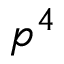
p ^ { 4 }